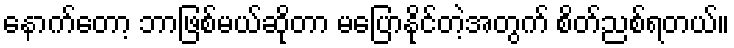
နောက်တော့ ဘာဖြစ်မယ်ဆိုတာ မပြောနိုင်တဲ့အတွက် စိတ်ညစ်ရတယ်။